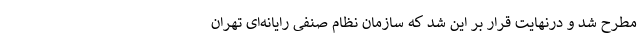
مطرح شد و درنهايت قرار بر اين شد كه سازمان نظام صنفی رايانه‌ای تهران